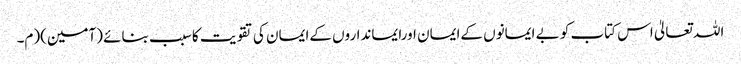
اللہ تعالیٰ اس کتاب کو بے ایمانوں کےایمان اورایمانداروں کےایمان کی تقویت کاسبب بنائے (آمین)(م۔